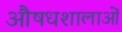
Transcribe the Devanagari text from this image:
औषधशालाओं